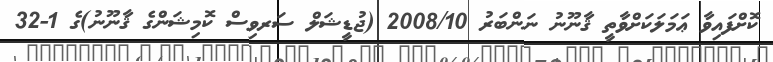
ކޮށްފައިވާ ޢަމަލަކަށްވާތީ ޤާނޫނު ނަންބަރު 2008/10 (ޖުޑީޝަލް ސަރވިސް ކޮމިޝަންގެ ޤާނޫނު)ގެ 1-32